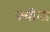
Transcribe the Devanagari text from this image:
क्वीना